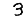
Digit: 3